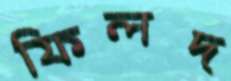
ফিলদ